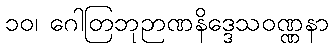
၁၀၊ ဂေါတြဘုဉာဏနိဒ္ဒေသဝဏ္ဏနာ